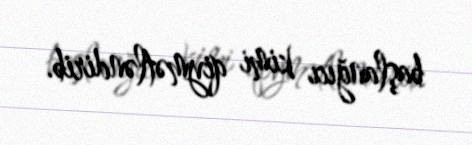
başlanğıcı kimi qiymətləndirib.